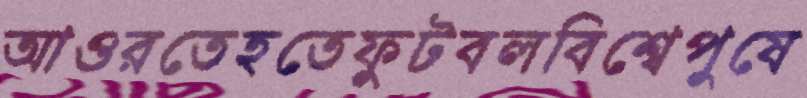
আওরতেহতেফুটবলবিশ্বেপুষে